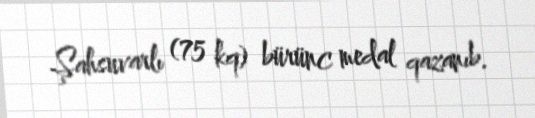
Şahsuvarlı (75 kq) bürünc medal qazanıb.